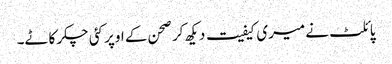
پائلٹ نے میری کیفیت دیکھ کر صحن کے اوپر کئی چکر کاٹے۔